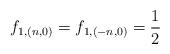
LaTeX: \begin{align*}f_{1,(n,0)} = f_{1,(-n,0)} = \frac{1}{2}\end{align*}